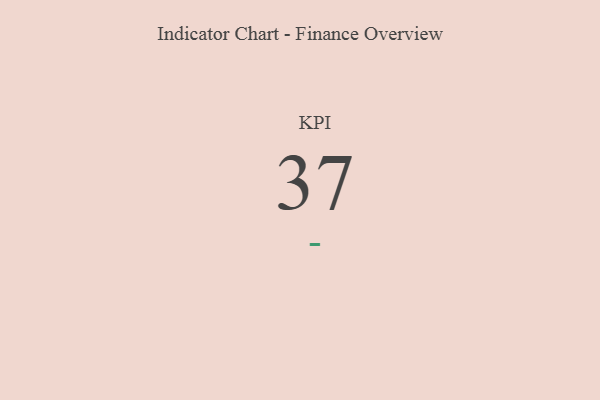
{"axis": {"x": "KPI", "y": "Value"}, "legend": [""], "data": [{"x": "KPI", "y": 37, "type": ""}]}